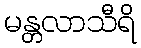
မန္တလာသီရိ